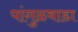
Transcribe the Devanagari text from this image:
पांगुळवाडा